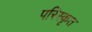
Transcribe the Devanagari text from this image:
परिस्‍कृत